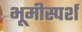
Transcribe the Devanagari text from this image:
भूमीस्पर्श